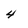
Character: 4